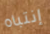
إنتباه